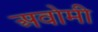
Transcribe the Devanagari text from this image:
अवोमी